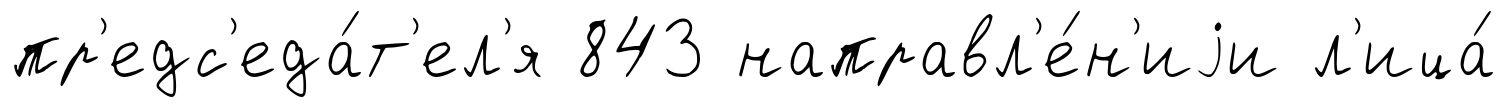
пр'едс'еда́т'ел'я 843 направл'е́н'иjи л'ица́